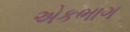
એકભાગ